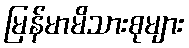
မြန်မာမိသားစုများ